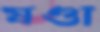
ষণ্ডা